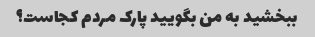
ببخشید به من بگویید پارک مردم کجاست؟